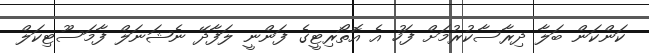
ކަންކަން ބަލާ ދިރާސާކުރުމަށް ފަހު އެ އޮތޯރިޓީގެ ފަންނީ ލަފާދޭ ނެޝަނަލް ފާމަސޫޓިކަލް